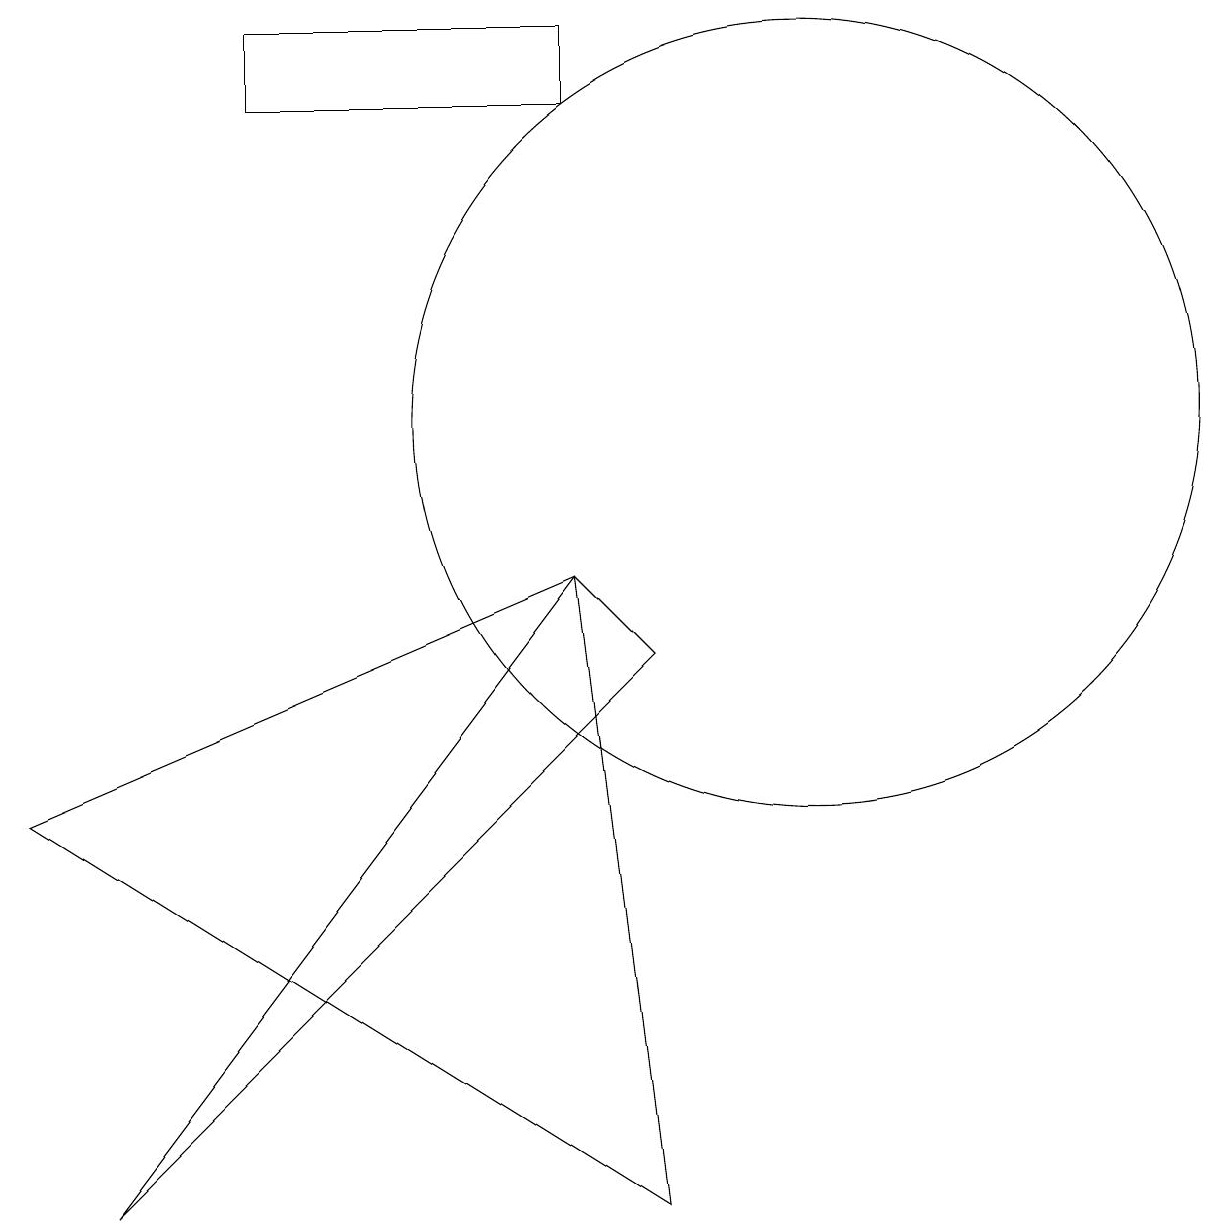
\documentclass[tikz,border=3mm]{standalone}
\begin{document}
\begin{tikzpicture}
\draw (11,11) circle (5);
\draw (1,6) -- (8,9) -- (9,1) -- cycle;
\draw (4,15) rectangle (8,16);
\draw (8,9) -- (9,8) -- (2,1) -- cycle;
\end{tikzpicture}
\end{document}